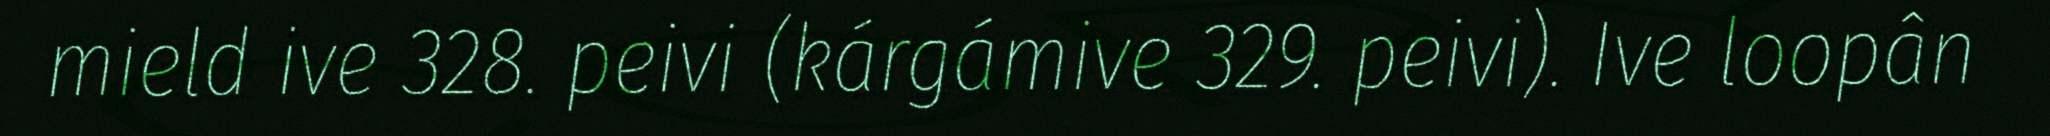
mield ive 328. peivi (kárgámive 329. peivi). Ive loopân